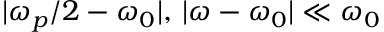
| \omega _ { p } / 2 - \omega _ { 0 } | , \, | \omega - \omega _ { 0 } | \ll \omega _ { 0 }